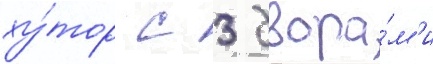
ху́тор с 3 двора́м'и